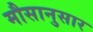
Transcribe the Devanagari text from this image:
मौसानुसार